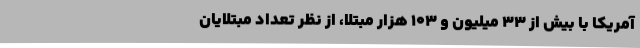
آمریکا با بیش از ۳۳ میلیون و ۱۰۳ هزار مبتلا، از نظر تعداد مبتلایان